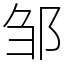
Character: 邹